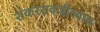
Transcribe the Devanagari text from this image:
शंकररावजींच्याच